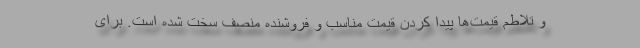
و تلاطم قیمت‌ها پیدا کردن قیمت مناسب و فروشنده منصف سخت شده است. برای